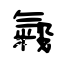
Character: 糓